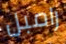
رامبل